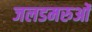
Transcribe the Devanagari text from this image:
जलडमरुओं